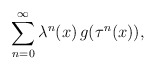
\begin{align*}\sum _{n=0} ^\infty \lambda ^n (x) \, g ( \tau ^n (x) ) ,\end{align*}